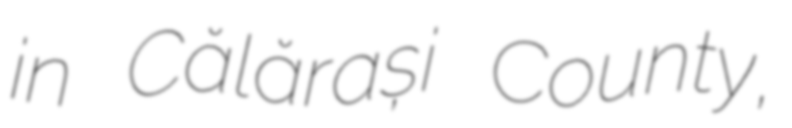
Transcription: in Călărași County,